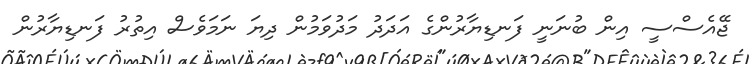
ޖޭއެސްސީ އިން ބުނަނީ ފަނޑިޔާރުންގެ އަދަދު މަދުވަމުން ދިޔަ ނަމަވެސް އިތުރު ފަނޑިޔާރުން